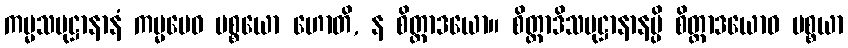
ကမ္မသမုဋ္ဌာနာနံ ကမ္မမေဝ ပစ္စယော ဟောတိ, န စိတ္တာဒယော။ စိတ္တာဒိသမုဋ္ဌာနာနမ္ပိ စိတ္တာဒယောဝ ပစ္စယာ